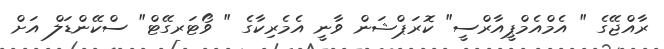
ރާއްޖޭގެ " އެމްއެމްޕީއާރްސީ" ކޮރަޕްޝަން ވާނީ އެމެރިކާގެ " ވޯޓަރގޭޓް" ސްކޭންޑަލް އަށް